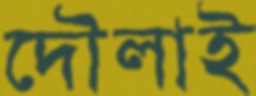
দৌলাই